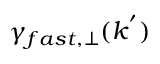
\gamma _ { f a s t , \perp } ( k ^ { ' } )